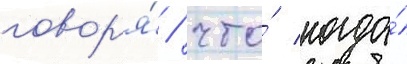
говор'я́ / что́ когда́